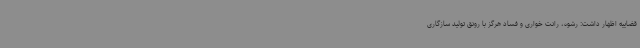
قضاییه اظهار داشت: رشوه، رانت خواری و فساد هرگز با رونق تولید سازگاری